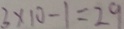
3 \times 1 0 - 1 = 2 9